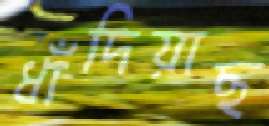
ধাঁদিয়াছ